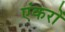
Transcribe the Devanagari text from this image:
एंकरों